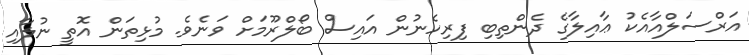
އަރްސަލްއާއެކު ޢާއިލާގެ ދެންތިބި ފިރިހެނުން އައިސް ބޯލްރޫމަށް ވަނެވެ. މުޅިތަން އޮތީ ނުލާއި